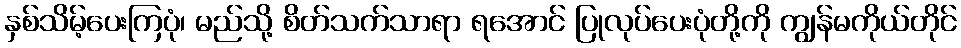
နှစ်သိမ့်ပေးကြပုံ၊ မည်သို့ စိတ်သက်သာရာ ရအောင် ပြုလုပ်ပေးပုံတို့ကို ကျွန်မကိုယ်တိုင်